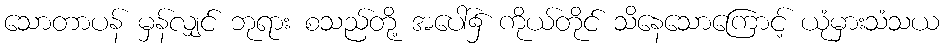
သောတာပန် မှန်လျှင် ဘုရား စသည်တို့ အပေါ်၌ ကိုယ်တိုင် သိနေသောကြောင့် ယုံမှားသံသယ